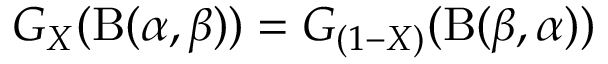
G _ { X } ( \mathrm { B } ( \alpha , \beta ) ) = G _ { ( 1 - X ) } ( \mathrm { B } ( \beta , \alpha ) )